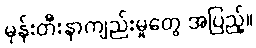
မုန်းတီးနာကျည်းမှုတွေ အပြည့်။